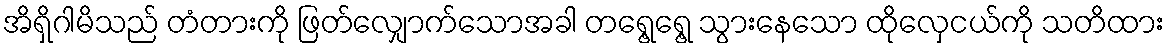
အိရှိဂါမိသည် တံတားကို ဖြတ်လျှောက်သောအခါ တရွေ့ရွေ့ သွားနေသော ထိုလှေငယ်ကို သတိထား